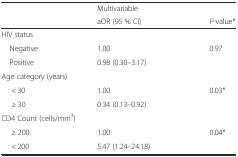
<table><thead><tr><td rowspan="2"></td><td><b>Multivariable</b></td><td></td></tr><tr><td><b>aOR (95 % CI)</b></td><td><b><i>P</i>-value*</b></td></tr></thead><tbody><tr><td colspan="3">HIV status</td></tr><tr><td> Negative</td><td>1.00</td><td rowspan="2">0.97</td></tr><tr><td> Positive</td><td>0.98 (0.30–3.17)</td></tr><tr><td colspan="3">Age category (years)</td></tr><tr><td>&lt; 30</td><td>1.00</td><td rowspan="2">0.03*</td></tr><tr><td>≥ 30</td><td>0.34 (0.13–0.92)</td></tr><tr><td colspan="3">CD4 Count (cells/mm<sup>3</sup>)</td></tr><tr><td>≥ 200</td><td>1.00</td><td rowspan="2">0.04*</td></tr><tr><td>&lt; 200</td><td>5.47 (1.24–24.18)</td></tr></tbody></table>